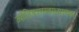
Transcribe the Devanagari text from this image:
ज्यौतिषशास्त्राध्यापक